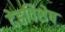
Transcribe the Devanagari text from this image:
देहविशेष